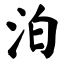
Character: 泊